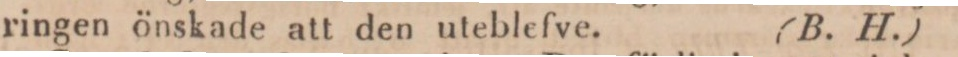
ringen önskade att den uteblefve.    (B. H.)